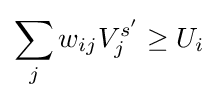
\sum _{j}w_{ij}V_{j}^{s'}\geq U_{i}